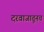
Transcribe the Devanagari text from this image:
दरवाजातूनच